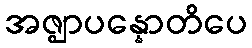
အဇ္ဈာပန္နောတိပေ